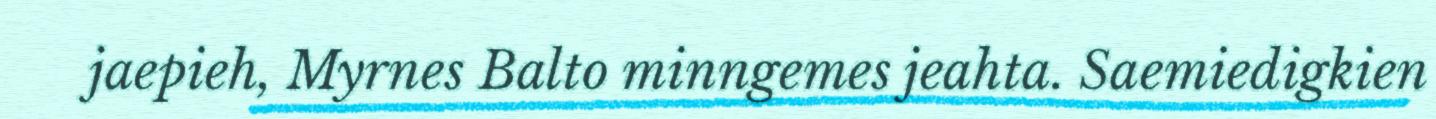
jaepieh, Myrnes Balto minngemes jeahta. Saemiedigkien